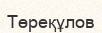
Төреқұлов